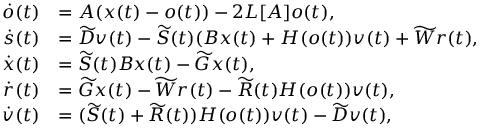
\begin{array} { r l } { \dot { o } ( t ) } & { = A ( x ( t ) - o ( t ) ) - 2 L [ A ] o ( t ) , } \\ { \dot { s } ( t ) } & { = \widetilde D v ( t ) - \widetilde { S } ( t ) ( B x ( t ) + H ( o ( t ) ) v ( t ) + \widetilde W r ( t ) , } \\ { \dot { x } ( t ) } & { = \widetilde { S } ( t ) B x ( t ) - \widetilde G x ( t ) , } \\ { \dot { r } ( t ) } & { = \widetilde G x ( t ) - \widetilde W r ( t ) - \widetilde { R } ( t ) H ( o ( t ) ) v ( t ) , } \\ { \dot { v } ( t ) } & { = ( \widetilde { S } ( t ) + \widetilde { R } ( t ) ) H ( o ( t ) ) v ( t ) - \widetilde D v ( t ) , } \end{array}